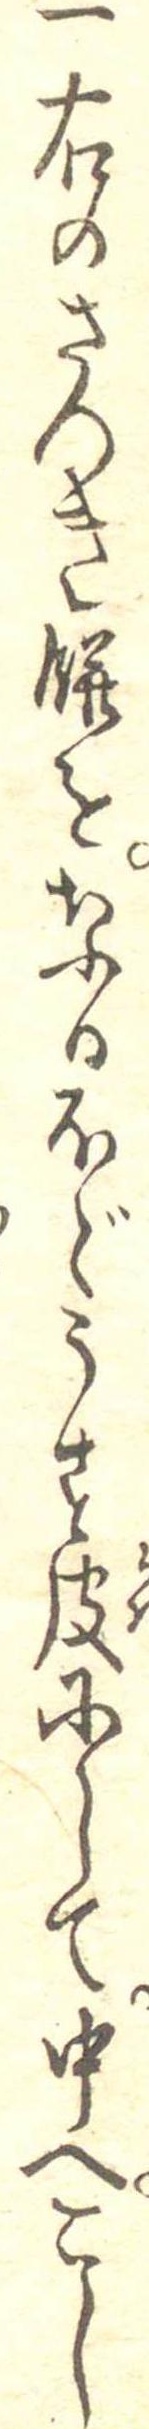
一右のさつき餅をなるほどうす皮にして中へこし